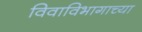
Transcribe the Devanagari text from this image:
विवाविभागाच्या